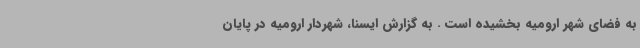
به فضای شهر ارومیه بخشیده است . به گزارش ایسنا، شهردار ارومیه در پایان